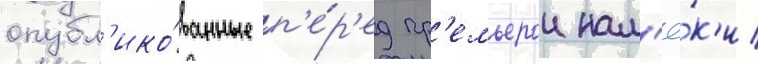
опубл'ико́ванные п'е́р'ед пр'емьерои нам'ё́к'и